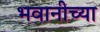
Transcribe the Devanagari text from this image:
भवानीच्या